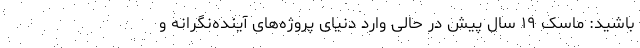
باشید: ماسک ۱۹ سال پیش در حالی وارد دنیای پروژه‌های آینده‌نگرانه و